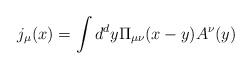
\begin{align*}j_\mu(x)=\int d^dy\Pi_{\mu\nu}(x-y)A^\nu(y)\end{align*}